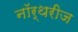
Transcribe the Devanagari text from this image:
नॉर्थरीज